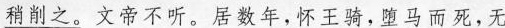
\underline{稍削之。}文帝不听。居数年，怀王骑，堕马而死，无